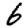
Digit: 6